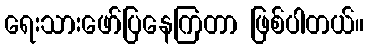
ရေးသားဖော်ပြနေကြတာ ဖြစ်ပါတယ်။